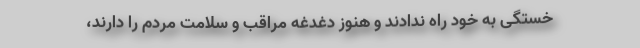
خستگی به خود راه ندادند و هنوز دغدغه مراقب و سلامت مردم را دارند،